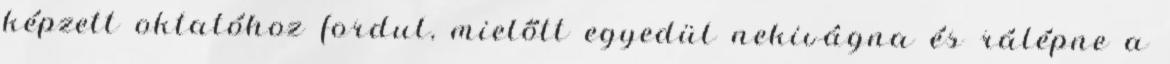
képzett oktatóhoz fordul, mielőtt egyedül nekivágna és rálépne a